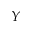
Y